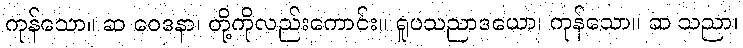
ကုန်သော။ ဆ ဝေဒနာ၊ တို့ကိုလည်းကောင်း။ ရူပသညာဒယော၊ ကုန်သော။ ဆ သညာ၊